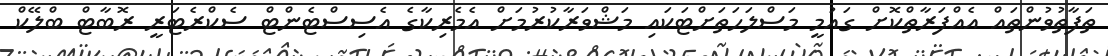
ތަފާތުވުންތައް އެއްފަރާތްކޮށް ގައުމީ މަސްލަހަތަށްޓަކައި މަޝްވަރާކުރުމަށް އެމެރިކާގެ އެސިސްޓެންޓް ސެކްރެޓަރީ ރޮބާޓް ބްލޭކް